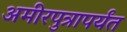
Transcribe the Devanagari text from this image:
अमीरपुत्रापर्यंत